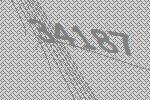
34187